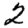
Digit: 2